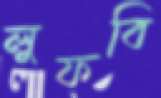
লুফবি